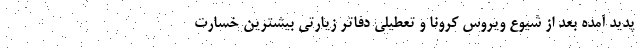
پدید آمده بعد از شیوع ویروس کرونا و تعطیلی دفاتر زیارتی بیشترین خسارت